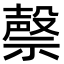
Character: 𮂐